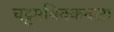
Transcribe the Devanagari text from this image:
चट्टमबिक्कवला